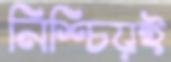
নিশ্চিয়ই